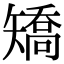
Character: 矯